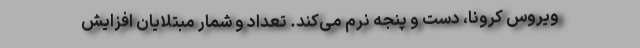
ویروس کرونا، دست و پنجه نرم می‌کند. تعداد و شمار مبتلایان افزایش